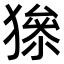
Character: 𤡅